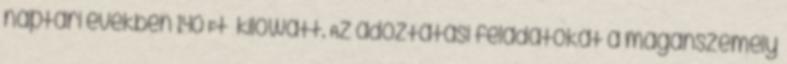
naptári években 140 Ft kilowatt. Az adóztatási feladatokat a magánszemély